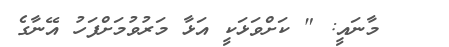
މާނައީ: " ކަށްވަޅަކީ އަޅާ މަރުވުމަށްފަހު އޭނާގެ